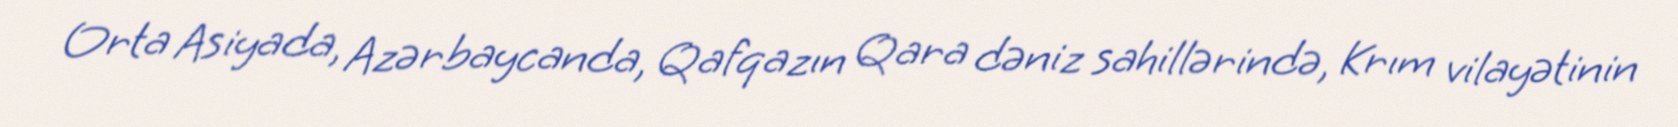
Orta Asiyada, Azərbaycanda, Qafqazın Qara dəniz sahillərində, Krım vilayətinin